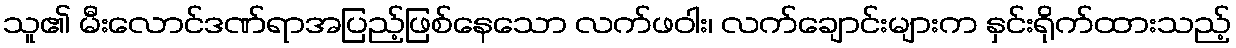
သူ၏ မီးလောင်ဒဏ်ရာအပြည့်ဖြစ်နေသော လက်ဖဝါး၊ လက်ချောင်းများက နှင်းရိုက်ထားသည့်